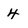
Character: 4